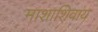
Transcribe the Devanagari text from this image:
माशाशिवाय